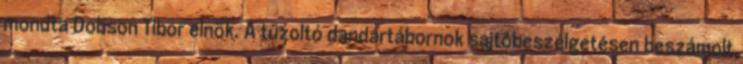
mondta Dobson Tibor elnök. A tűzoltó dandártábornok sajtóbeszélgetésen beszámolt